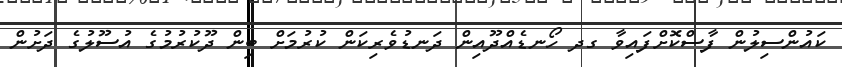
ކައުންސިލުން ފާސްކޮށްފައިވާ ގދ ހޯނޑެއްދޫއިން ދަނޑުވެރިކަން ކުރުމަށް ބިން ދޫކުރުމުގެ އުސޫލުގެ ދަށުން